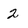
Character: 2